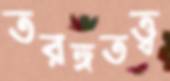
তরঙ্গতত্ত্ব